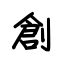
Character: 創